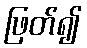
ဖြတ်၍